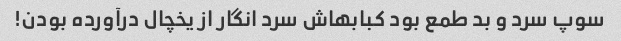
سوپ سرد و بد طمع بود کبابهاش سرد انگار از یخچال درآورده بودن!